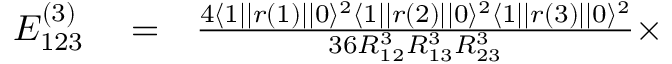
\begin{array} { r l r } { E _ { 1 2 3 } ^ { ( 3 ) } } & { { } = } & { \frac { 4 \langle 1 | | r ( 1 ) | | 0 \rangle ^ { 2 } \langle 1 | | r ( 2 ) | | 0 \rangle ^ { 2 } \langle 1 | | r ( 3 ) | | 0 \rangle ^ { 2 } } { 3 6 R _ { 1 2 } ^ { 3 } R _ { 1 3 } ^ { 3 } R _ { 2 3 } ^ { 3 } } \times } \end{array}